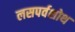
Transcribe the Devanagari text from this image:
लसपर्वशोथ